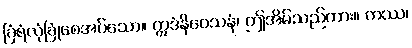
ခြံရံလုံခြုံစေအပ်သော။ ဣဒံနိဝေသနံ၊ ဤအိမ်သည်ကား။ ကဿ၊